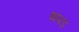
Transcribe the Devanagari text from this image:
थपड़